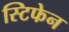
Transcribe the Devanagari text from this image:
स्टिफेन